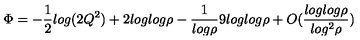
\Phi = - \frac { 1 } { 2 } l o g ( 2 Q ^ { 2 } ) + 2 l o g l o g \rho - \frac { 1 } { l o g \rho } 9 l o g l o g \rho + O ( \frac { l o g l o g \rho } { l o g ^ { 2 } \rho } )